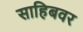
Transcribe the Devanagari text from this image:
साहिबवर